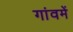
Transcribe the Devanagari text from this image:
गांवमें